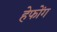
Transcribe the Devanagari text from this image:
हेफोंग